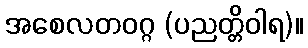
အစေလတဝဂ္ဂ (ပညတ္တိဝါရ)။